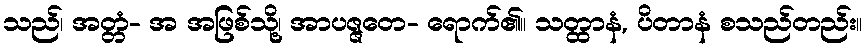
သည်၊ အတ္တံ- အ အဖြစ်သို့၊ အာပဇ္ဇတေ- ရောက်၏။ သတ္ထာနံ, ပိတာနံ စသည်တည်း။